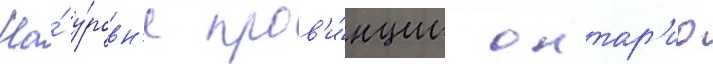
На́ у́ровн'е пров'и́нции онтар'ио